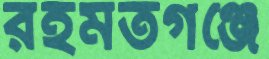
রহমতগঞ্জে